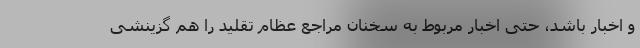
و اخبار باشد، حتی اخبار مربوط به سخنان مراجع عظام تقلید را هم گزینشی